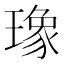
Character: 𤩪